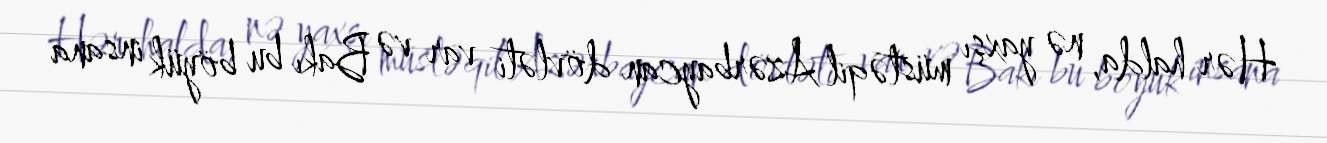
Hər halda, nə yaxşı müstəqil Azərbaycan dövləti var və Bakı bu böyük insana